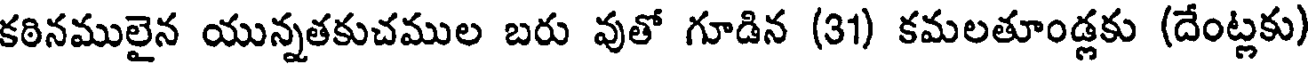
కఠినములైన యున్నతకుచముల బరు వుతో గూడిన (31) కమలతూండ్లకు (దేంట్లకు)